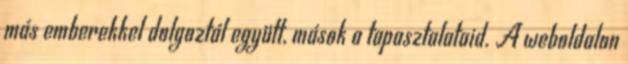
más emberekkel dolgoztál együtt, mások a tapasztalataid. A weboldalon